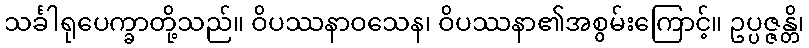
သင်္ခါရုပေက္ခာတို့သည်။ ဝိပဿနာဝသေန၊ ဝိပဿနာ၏အစွမ်းကြောင့်။ ဥပ္ပဇ္ဇန္တိ၊